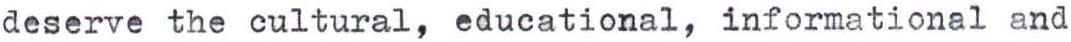
deserve the cultural, educational, informational and